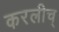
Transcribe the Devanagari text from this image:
करलीच्